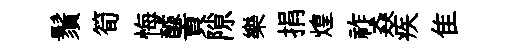
鬚筍悔醵貢隙樂捐煌祚猋疾隹